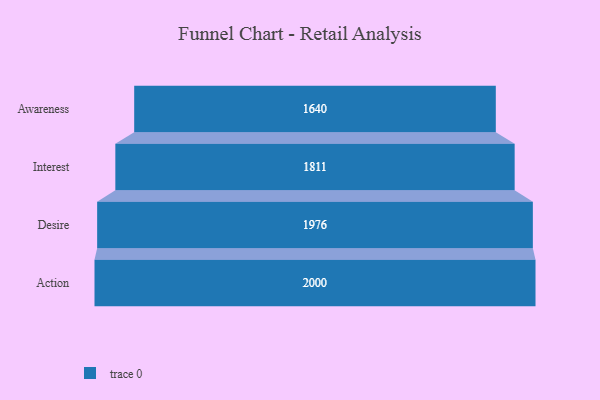
{"axis": {"x": "Stage", "y": "Value"}, "legend": [""], "data": [{"x": "Awareness", "y": 1640.0, "type": ""}, {"x": "Interest", "y": 1811.0, "type": ""}, {"x": "Desire", "y": 1976.0, "type": ""}, {"x": "Action", "y": 2000, "type": ""}]}